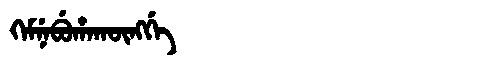
Manchu: ᡴᡝᠮᠨᡝᠪᡠᡥᠠᡴᡡᠩᡤᡝ
Romanization: KEMNEBUHAKŪNGGE